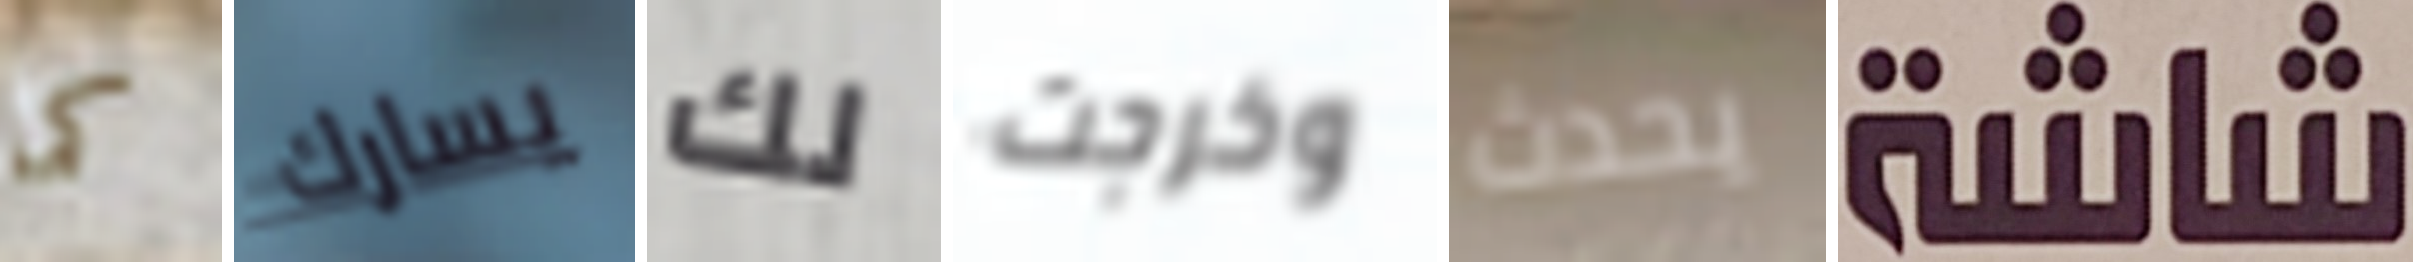
كما يسارك لك وخرجت يحدث شاشة